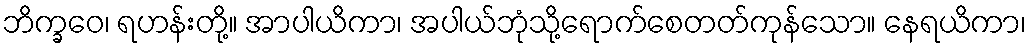
ဘိက္ခဝေ၊ ရဟန်းတို့။ အာပါယိကာ၊ အပါယ်ဘုံသို့ရောက်စေတတ်ကုန်သော။ နေရယိကာ၊